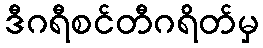
ဒီဂရီစင်တီဂရိတ်မှ